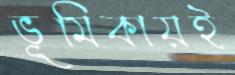
ভূমিকায়ই